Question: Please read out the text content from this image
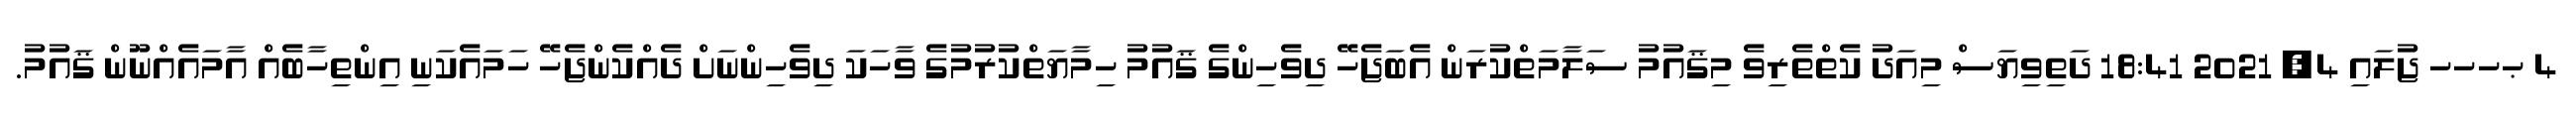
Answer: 4 ޙހހހ ޖުލައި 4, 2021 18:41 ދަތިވިޔަސް މިއަދު ކެތްތެރިވެ މިޤައުމު ސަލާމަތްކުރަން އެބަޖެހޭ ދިވެހިންގެ ޤައުމު ހިމާޔަތްކުރުމުގެ ވާހަކަ ދިވެހިންނަށް ދެއްކެންޖެހޭ ހަމައެކަނި އިންތިހާބެއް އާމައެއްނޫން ޤައުމު.